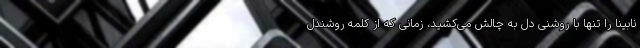
نابینا را تنها با روشنی دل به چالش می‌کشید، زمانی که از کلمه روشندل